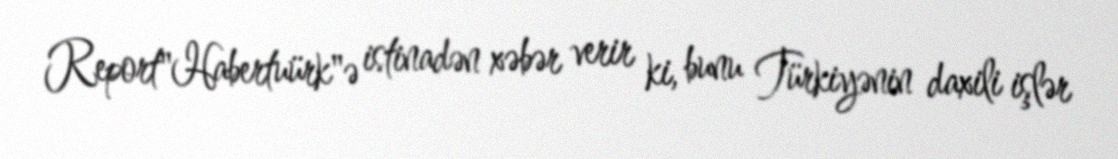
Report"Habertuürk"ə istinadən xəbər verir ki, bunu Türkiyənin daxili işlər